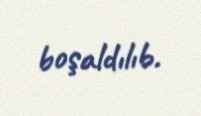
boşaldılıb.